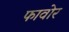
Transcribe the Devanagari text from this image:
फावोर